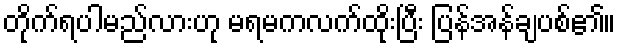
တိုက်ရပါမည်လားဟု မရမကလက်ထိုးပြီး ပြန်အန်ချပစ်၏။